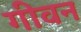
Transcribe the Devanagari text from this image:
गीवन